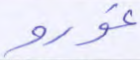
غورو